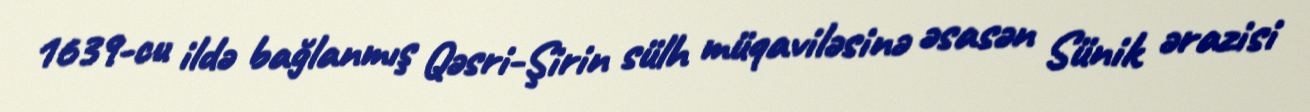
1639-cu ildə bağlanmış Qəsri-Şirin sülh müqaviləsinə əsasən Sünik ərazisi